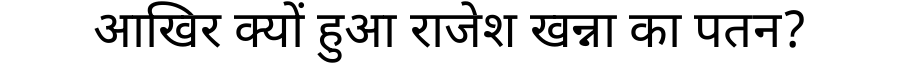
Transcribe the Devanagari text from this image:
आखिर क्यों हुआ राजेश खन्ना का पतन?